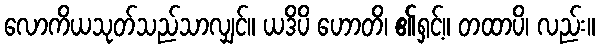
လောကိယသုတ်သည်သာလျှင်။ ယဒိပိ ဟောတိ၊ ၏ရှင့်။ တထာပိ၊ လည်း။